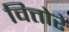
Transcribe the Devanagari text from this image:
वित्तोरे